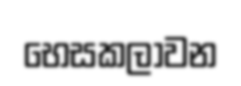
භෙසකලාවන